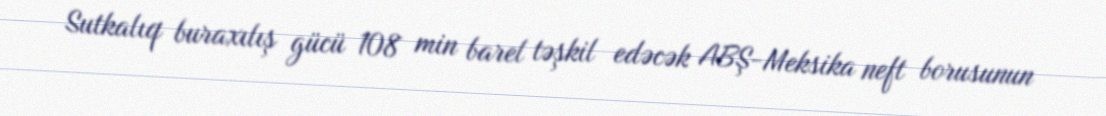
Sutkalıq buraxılış gücü 108 min barel təşkil edəcək ABŞ-Meksika neft borusunun